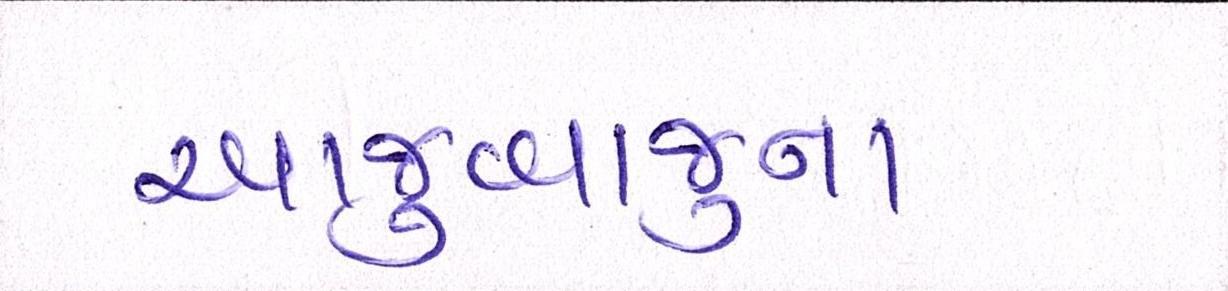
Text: આજુબાજુના